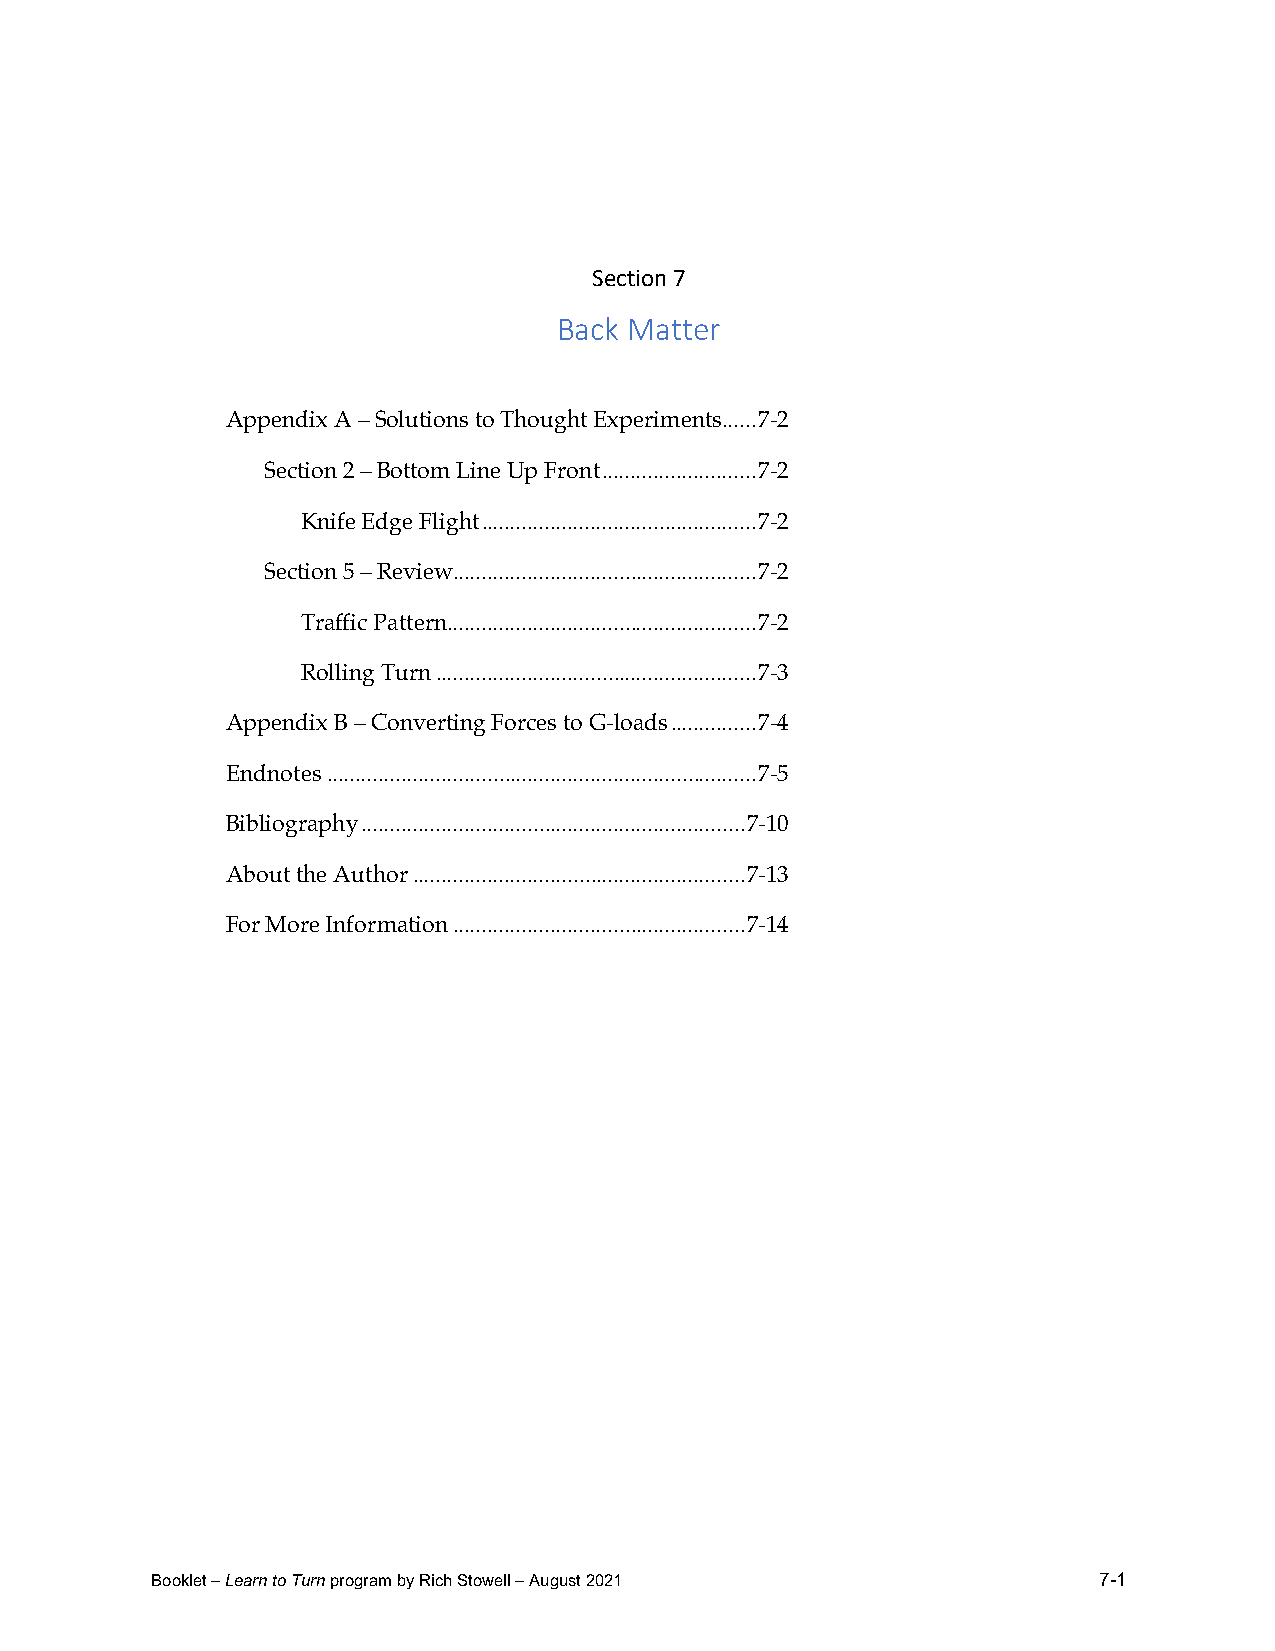
Section 7
 Back Matter
 Appendix A – Solutions to Thought Experiments ...... 7-2
 Section 2 – Bottom Line Up Front ........................... 7-2
 Knife Edge Flight ................................................ 7-2
 Section 5 – Review ..................................................... 7-2
 Traffic Pattern ...................................................... 7-2
 Rolling Turn ........................................................ 7-3
 Appendix B – Converting Forces to G-loads ............... 7-4
 Endnotes ........................................................................... 7-5
 Bibliography ................................................................... 7-10
 About the Author .......................................................... 7-13
 For More Information ................................................... 7-14
 Booklet – Learn to Turn program by Rich Stowell – August 2021  7-1